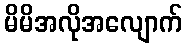
မိမိအလိုအလျောက်